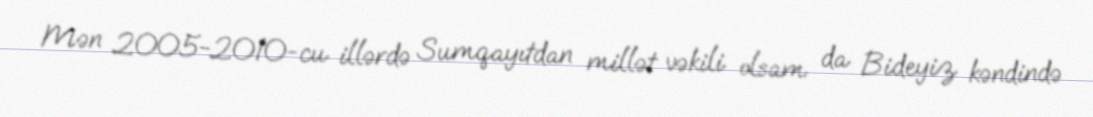
Mən 2005-2010-cu illərdə Sumqayıtdan millət vəkili olsam da Bideyiz kəndində